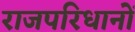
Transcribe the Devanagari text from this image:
राजपरिधानों